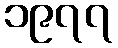
၁၉၇၇